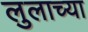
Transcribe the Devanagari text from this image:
लुलाच्या